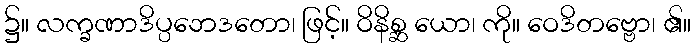
၌။ လက္ခဏာဒိပ္ပဘေဒတော၊ ဖြင့်။ ဝိနိစ္ဆ ယော၊ ကို။ ဝေဒိတဗ္ဗော၊ ၏။